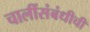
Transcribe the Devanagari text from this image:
चालींसंबंधीची